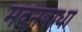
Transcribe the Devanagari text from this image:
मदनबाधा